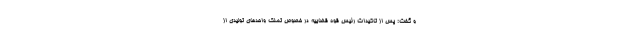
و گفت: پس از تاکیدات رئیس قوه قضاییه در خصوص تملک واحدهای تولیدی از